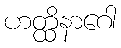
ဟတ္ထိနာဂေါ